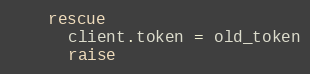
Language: Ruby
    rescue
      client.token = old_token
      raise